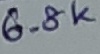
Text: 6.8K